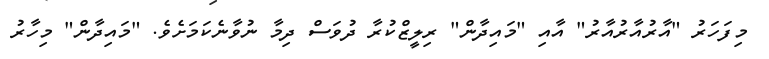
މިފަހަރު "އާރުއާރުއާރު" އާއި "މައިދާން" ރިލީޒްކުރާ ދުވަސް ދިމާ ނުވާނެކަމަށެވެ. "މައިދާން" މިހާރު